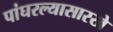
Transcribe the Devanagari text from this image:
पांघरल्यासारखे